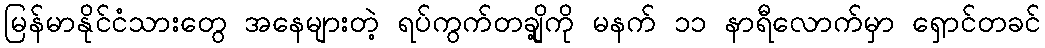
မြန်မာနိုင်ငံသားတွေ အနေများတဲ့ ရပ်ကွက်တချို့ကို မနက် ၁၁ နာရီလောက်မှာ ရှောင်တခင်